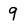
Character: 9